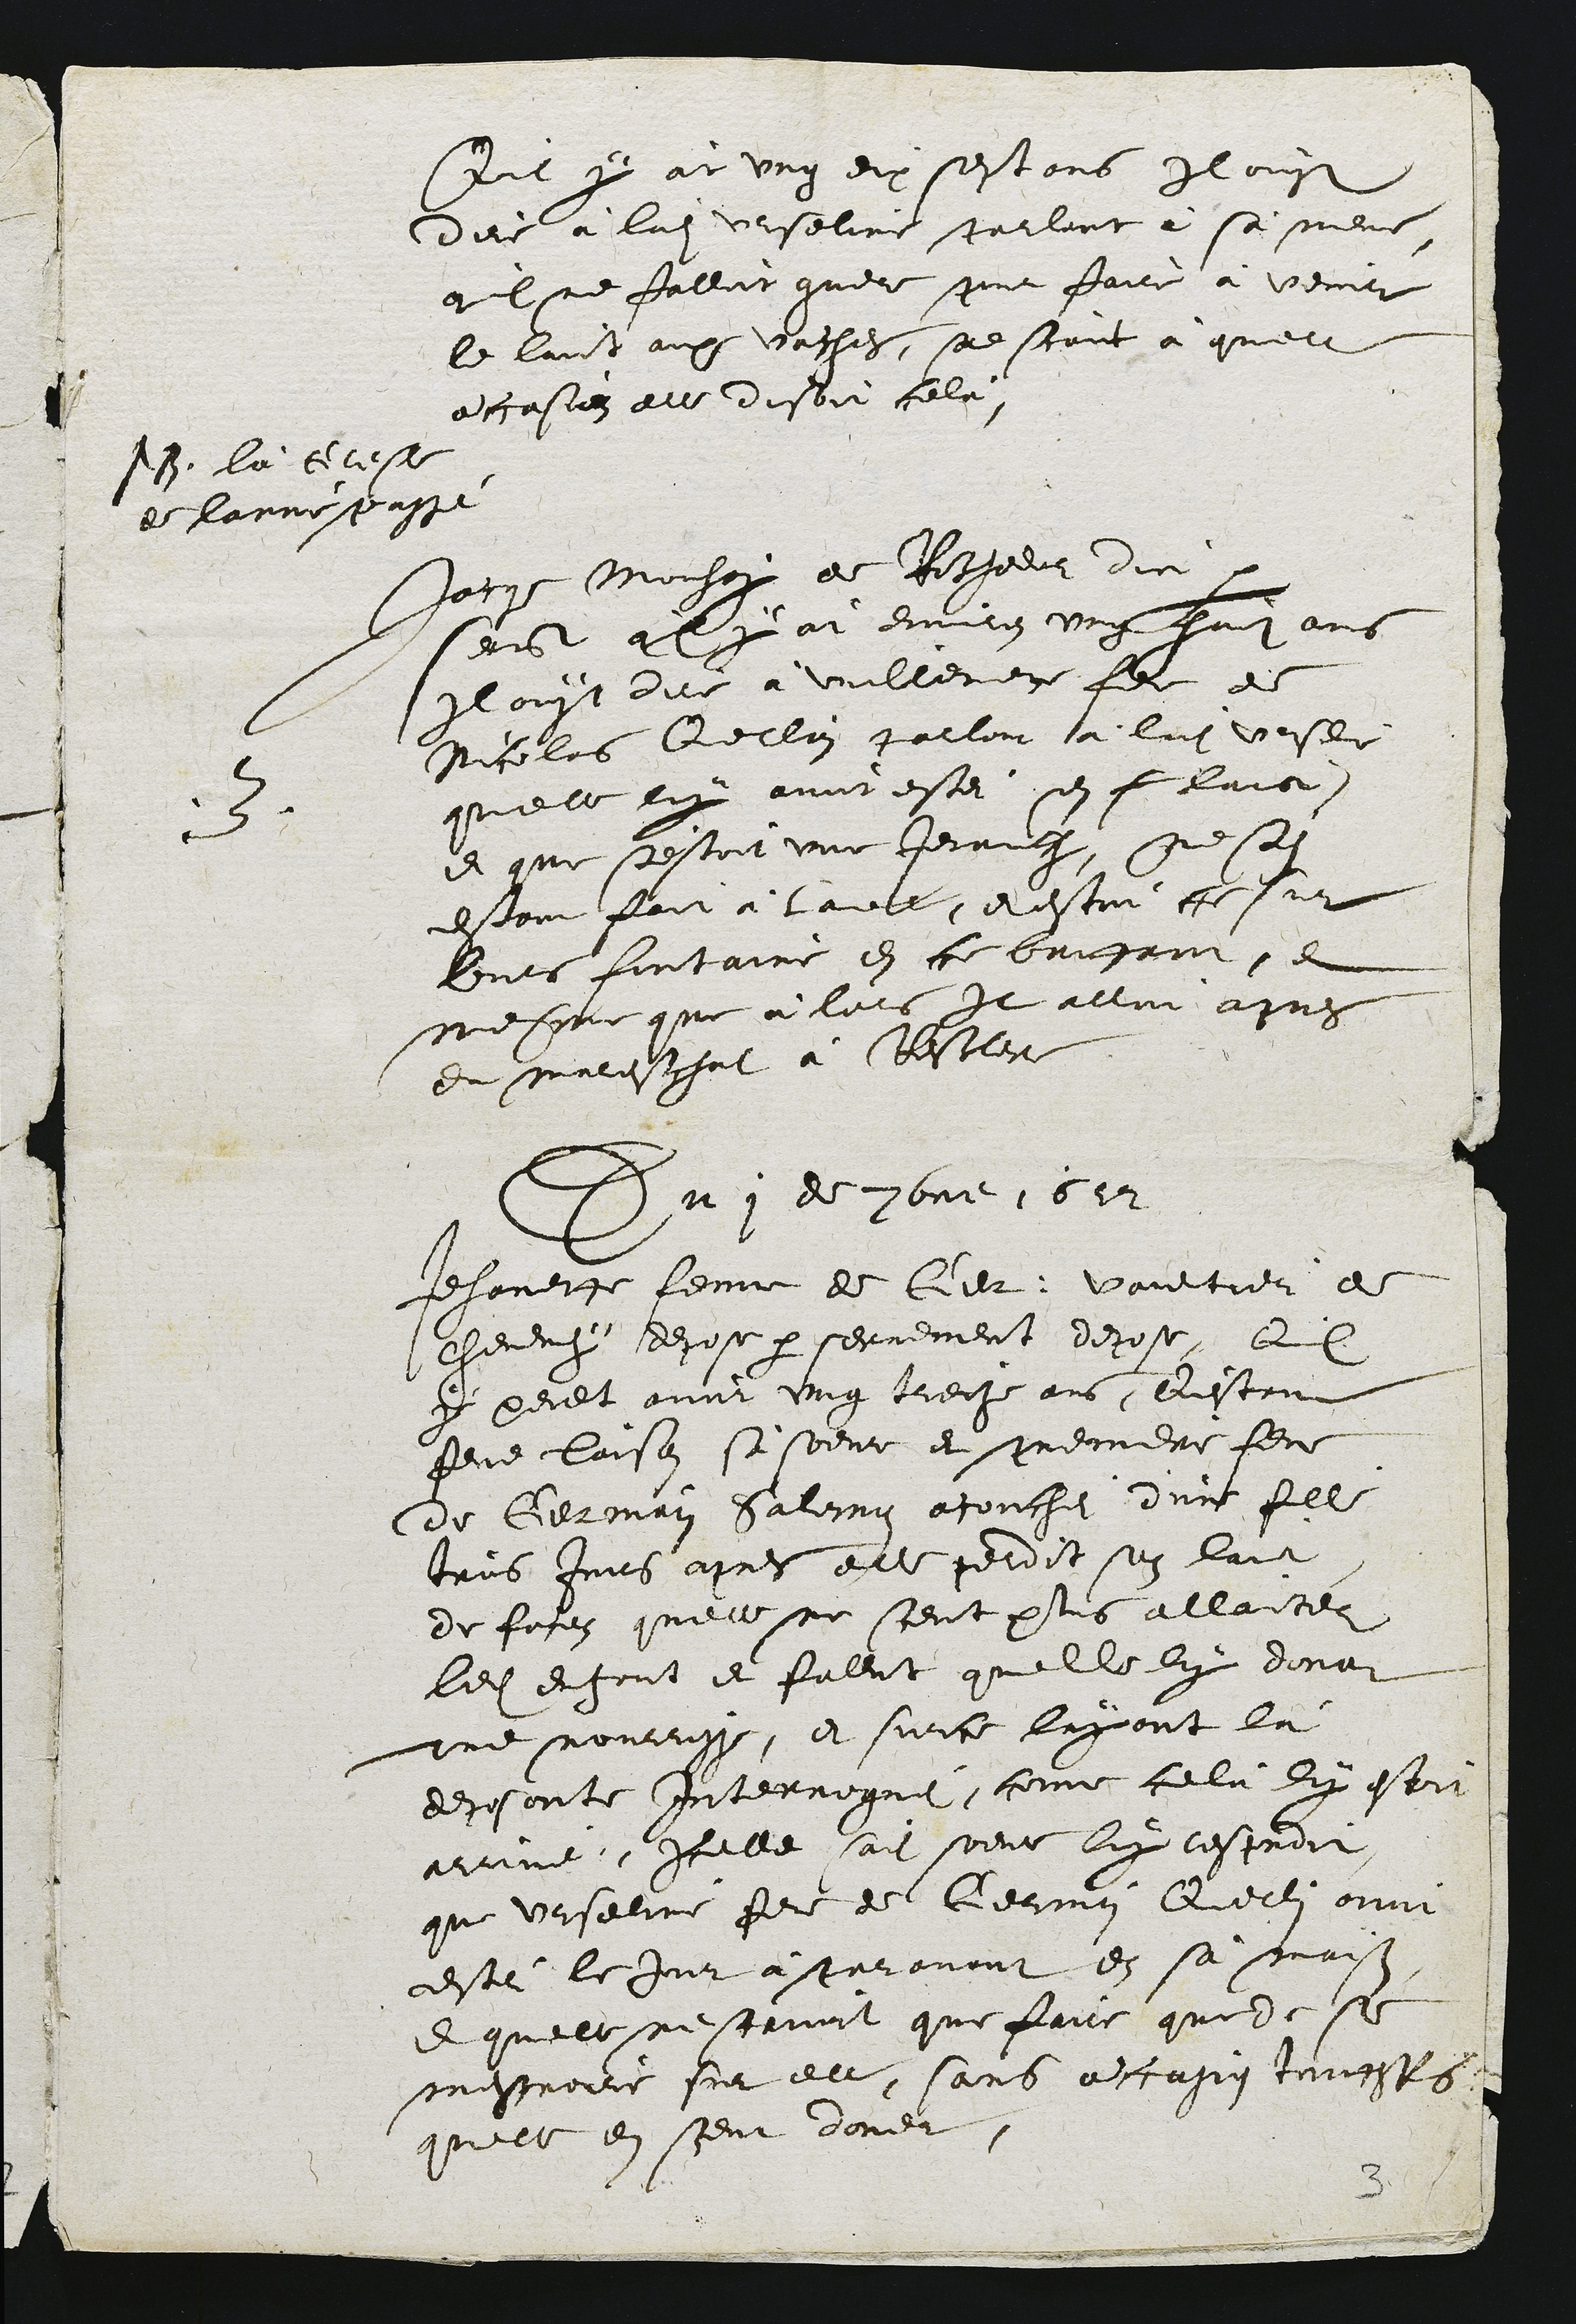
Qil y àt ung dix sestans Il oust
dire à ladite Urseline parlant à sa mene
qil ne falloit guere pour faire a venir
le laict aux vaches, see scant à quelle
accasion elle disoit cela

18. là clese
de lanne passe

3
Jacqe Mouhay de Rochedor dict par
sercit qel y at environ ung pat ans
Il ouyt dire a viellemene fele de
Nicolas Qerlain parloit a ladite vrsee
quelle luy avoit estei sen f laice
et que 'estoit une Jerauche, nesedit
estant fait à taelle, et estoit ce sur
leurs fortaine en ce bautant, et
messue que à lors Il alloit apres
du mareschat à Restler

Dn 7 de Here 10 1r

Jehanerte feme de ler, Vaultier de
cheveny depose par serrement depose, Qil
y peult avoir ung treche ans Qestant
feme laison si soeue et premere feme
de Germain Salemain acouchei d'unt fille
tris Juiis apres elle perdit son laict
de foson quelle ne sient plus allaiter
ledit enfont et faleut quelle lu dona
une nourrisse, et surce layant là
deposonte Interroguei, come celà luy esti
arriné, Icelle sadite soent luy resproit
que urseline fere de Germin Querlin avoit
estéi le jur à paravant en sa maison
e quelle ne stait que faire quede se
messmoure sur elle, sans accasin truchfes
quelle en sieut doner.

3